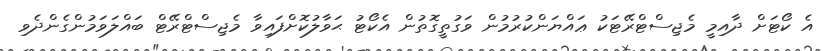
އެ ކޯޓަށް ދާއިމީ މެޖިސްޓްރޭޓަކު ޢައްޔަންކުރުމުން ވަގުތީގޮތުން އެކޯޓު ޙަވާލުކޮށްފައިވާ މެޖިސްޓްރޭޓް ބައްލަވަމުންގެންދެވި